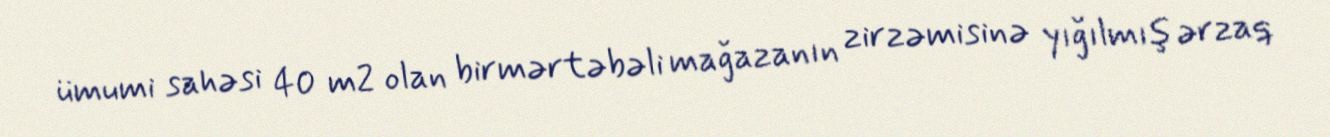
ümumi sahəsi 40 m2 olan birmərtəbəli mağazanın zirzəmisinə yığılmış ərzaq